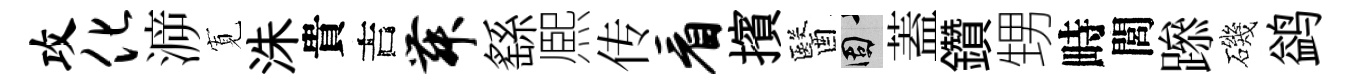
攻化㴑𡩖洙貴吉舞繇熈传看擯醫固蓋鑽甥畤閭𨅶磯鹢